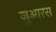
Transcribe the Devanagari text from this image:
जुआरस